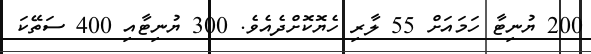
200 ޔުނިޓާ ހަމައަށް 55 ލާރި ހެޔޮކޮށްދެއެވެ. 300 ޔުނިޓާއި 400 ސަތޭކަ